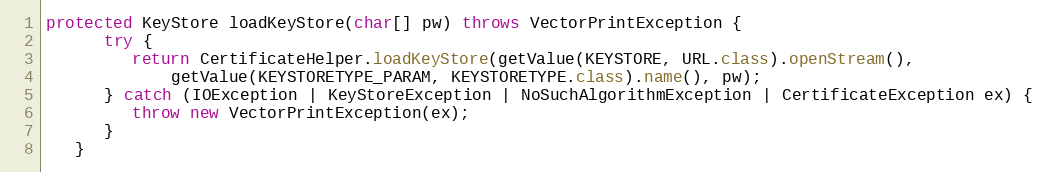
Language: Java
protected KeyStore loadKeyStore(char[] pw) throws VectorPrintException {
      try {
         return CertificateHelper.loadKeyStore(getValue(KEYSTORE, URL.class).openStream(),
             getValue(KEYSTORETYPE_PARAM, KEYSTORETYPE.class).name(), pw);
      } catch (IOException | KeyStoreException | NoSuchAlgorithmException | CertificateException ex) {
         throw new VectorPrintException(ex);
      }
   }